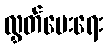
လွှတ်ပေးရေး